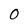
Character: 0